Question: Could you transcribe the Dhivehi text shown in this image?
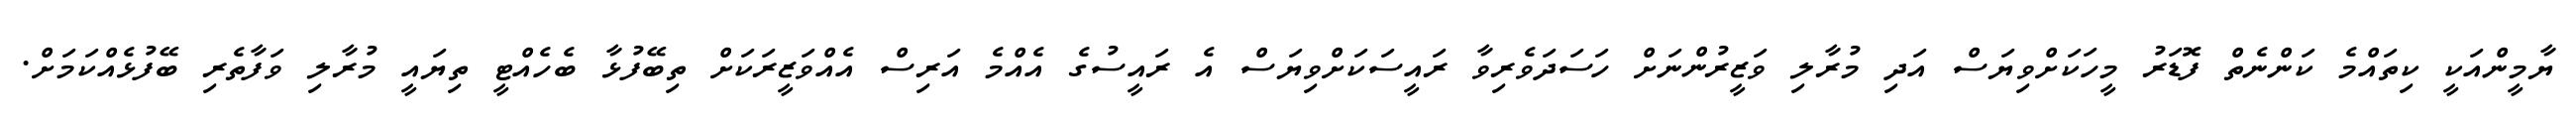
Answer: ޔާމީންއަކީ ކިތައްމެ ކަންނެތް ފޮޑަރު މީހަކަށްވިޔަސް އަދި މުރާލި ވަޒީރުންނަށް ހަސަދަވެރިވާ ރައީސަކަށްވިޔަސް އެ ރައީސުގެ އެއްމެ އަރިސް އެއްވަޒީރަކަށް ތިބޭފުޅާ ބެހެއްޓީ ތިޔައީ މުރާލި ވަފާތެރި ބޭފުޅެއްކަމަށް.